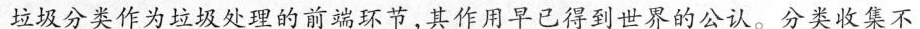
垃圾分类作为垃圾处理的前端环节，其作用早已得到世界的公认。分类收集不